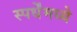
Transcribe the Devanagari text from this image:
स्पर्धेंमध्ये